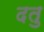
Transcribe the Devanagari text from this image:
दतु